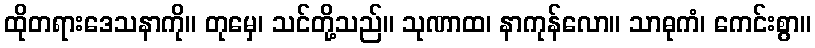
ထိုတရားဒေသနာကို။ တုမှေ၊ သင်တို့သည်။ သုဏာထ၊ နာကုန်လော။ သာဓုကံ၊ ကေင်းစွာ။